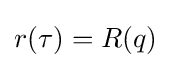
r(\tau )=R(q)